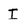
Character: I